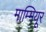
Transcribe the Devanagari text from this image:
माम्मियूर